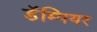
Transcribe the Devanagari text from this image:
डॅम्पियर